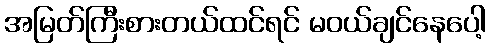
အမြတ်ကြီးစားတယ်ထင်ရင် မဝယ်ချင်နေပေါ့